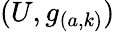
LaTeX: (U,g_{(a,k)})